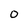
Character: 0